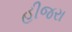
હીજરા